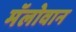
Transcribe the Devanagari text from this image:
मॅलोवान